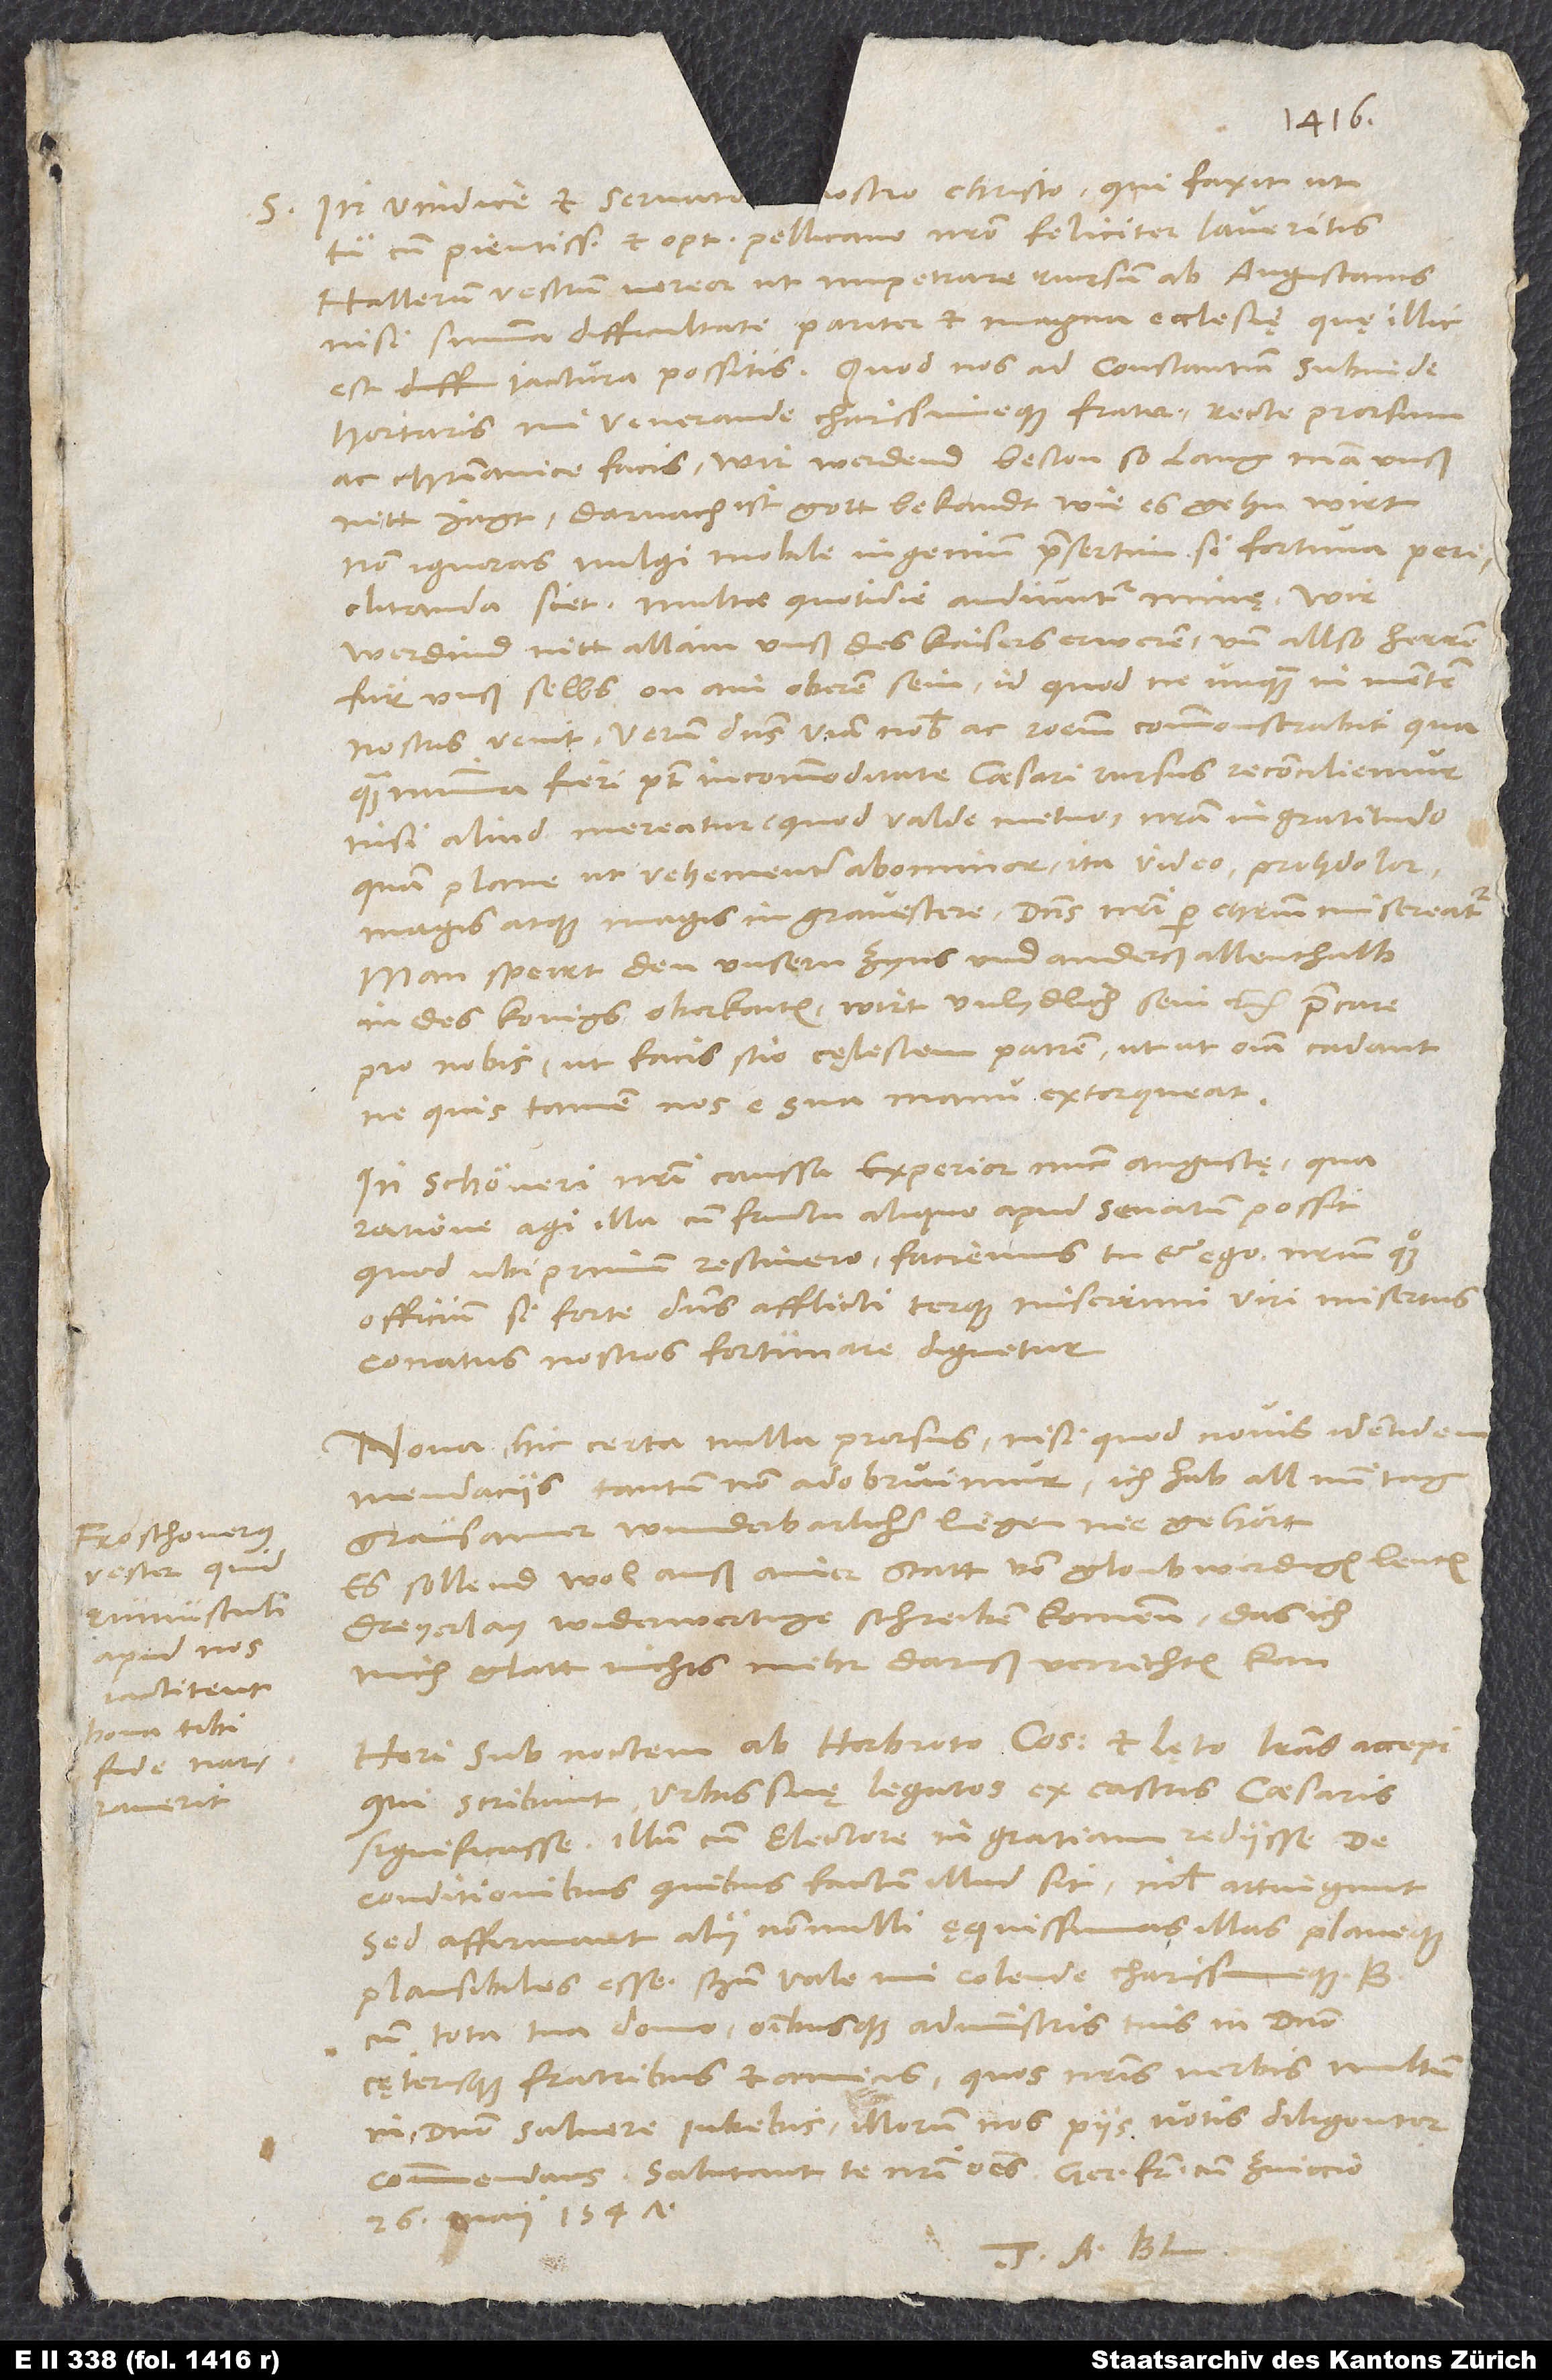
averit.

S. in vindice et servatoostro Christo, qui faxit, ut
cum pientissimo et optimo Pellicano feliciter laveritis!
Hallerum vestrum, vereor, ut impetrare rursum ab Augustanis
nisi summa difficultate pariter et magna ecclesię, quę illic
hortaris, mi venerande charissimeque frater, recte prorsum
ac christianice facis. Wir werdend beston, so lang man unß
nitt jagt. Darnach ist gott bekandt, wie es gehn wirt.
Non ignoras vulgi mobile ingenium, praesertim si fortuna periclitanda
siet. Multae quotidie audiuntur minę: Wir
werdind nitt allain unß des kaisers erweren und allso herren
für unß selbs on ain oberen sein! Id quod ne unquam in mentem
nostris venit! Verum dominus viam nobis ac rationem commonstrabit, qua
quam minima fieri potest incommoditate caesari rursus reconciliemur,
nisi aliud mereatur (quod valde metuo) nostra ingratitudo,
quam plane ut vehementer abominor - ita video proh dolor
magis atque magis ingravescere. Dominus nostri per Christum misereatur!
Man sperrt den unsern zyns und anderß allenthalb
in des konigs oberkaiten. Wirt unlydlich sein, etc. Precare
pro nobis (ut facis, scio) cęlestem patrem, utut omnia cadant,
ne quis tamen nos e sua manu extorqueat.
In Schöneri nostri caussa experior nunc Augustę, qua
ratione agi illa cum fructu aliquo apud senatum possit.
Quod ubi primum rescivero, faciemus tu et ego nostrum quoque
officium, si forte dominus, afflicti terque miserrimi viri misertus,
conatus nostros fortunare dignetur.
Nova hic certa nulla prorsus, nisi quod novis identidem
mendaciis tantum non adobruimur. Ich hab all min tag
grausamer, wunderbarlicher liegen nie gehört!
Es sollend wol auß ainer statt von gloubwirdigen leuten
dreyerlay widerwertige schreiben kommen, das ich
mich glatt nichts mehr daruß verrichten kan.
Heri sub noctem ab Herbroto consule et Lęto literas accepi,
qui scribunt urbis suę legatos ex castris caesaris
significasse illum cum electore in gratiam rediisse. De
conditionibus, quibus factum illud sit, nihil attingunt,
sed affirmant alii nonnulli ęquissimas illas planeque